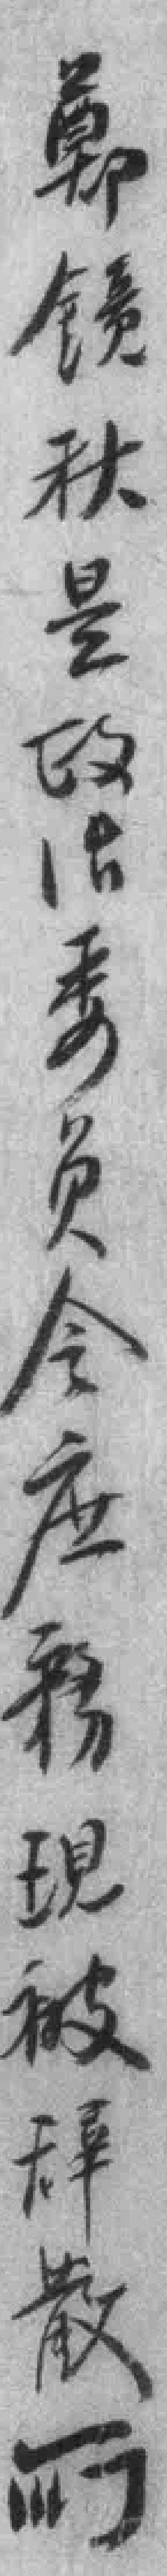
鄧鏡秋是政治委员会庶務現被辞散所